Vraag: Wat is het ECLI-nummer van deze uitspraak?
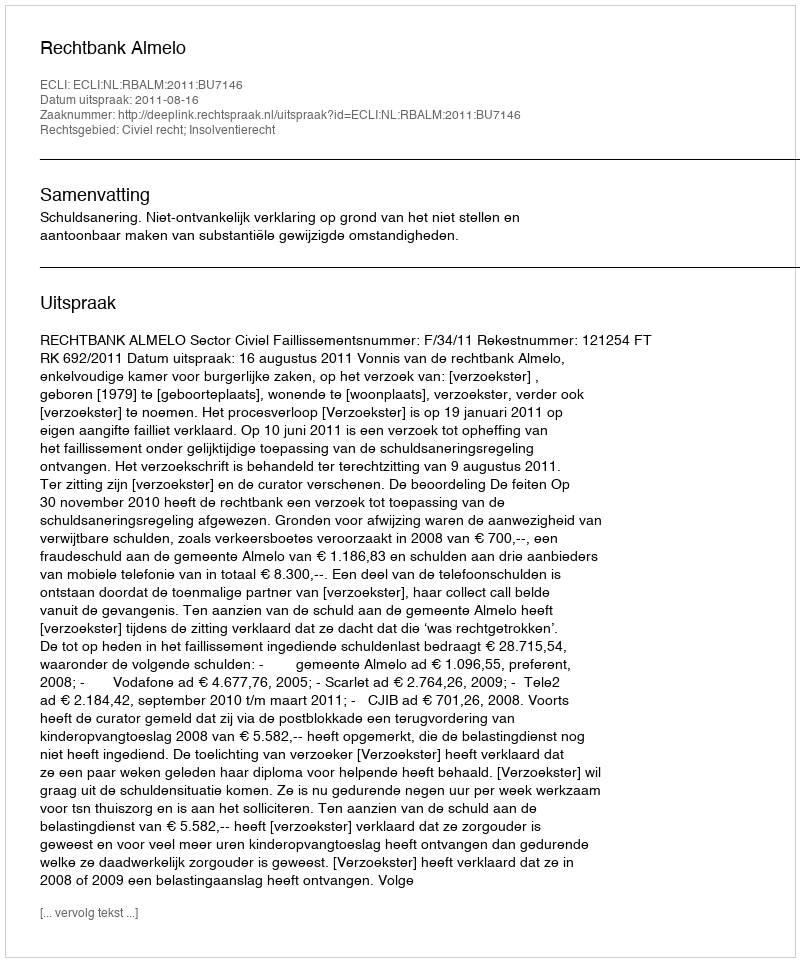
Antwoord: ECLI:NL:RBALM:2011:BU7146